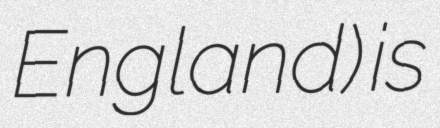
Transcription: England) is